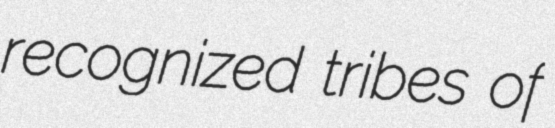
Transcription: recognized tribes of